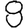
Digit: 8